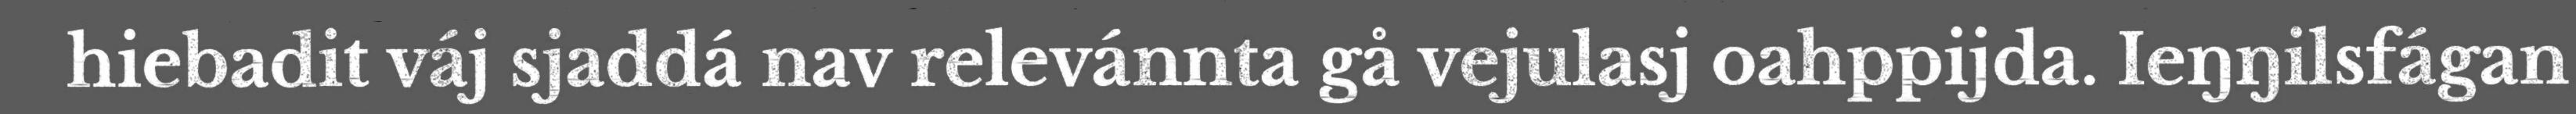
hiebadit váj sjaddá nav relevánnta gå vejulasj oahppijda. Ieŋŋilsfágan